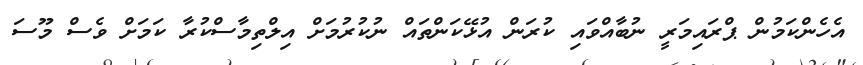
އެހެންކަމުން ޕްރައިމަރީ ނުބާއްވައި ކުރަން އުޅޭކަންތައް ނުކުރުމަށް އިލްތިމާސްކުރާ ކަމަށް ވެސް މޫސަ